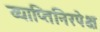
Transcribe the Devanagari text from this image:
व्याप्तिनिरपेक्ष